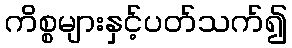
ကိစ္စများနှင့်ပတ်သက်၍